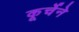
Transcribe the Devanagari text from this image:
कूर्चेने